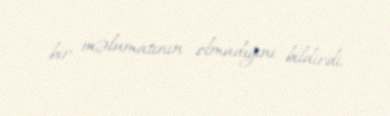
bir məlumatının olmadığını bildirdi.